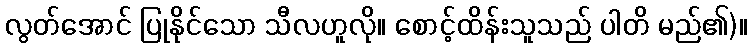
လွတ်အောင် ပြုနိုင်သော သီလဟူလို။ စောင့်ထိန်းသူသည် ပါတိ မည်၏)။